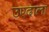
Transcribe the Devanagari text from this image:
उएदाला